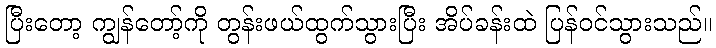
ပြီးတော့ ကျွန်တော့်ကို တွန်းဖယ်ထွက်သွားပြီး အိပ်ခန်းထဲ ပြန်ဝင်သွားသည်။